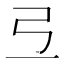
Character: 弖